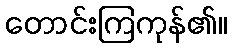
တောင်းကြကုန်၏။